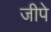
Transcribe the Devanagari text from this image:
जीपे